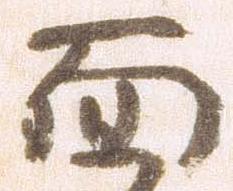
面